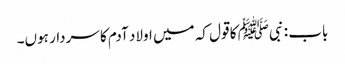
باب : نبیﷺ کا قول کہ میں اولاد آدم کا سردار ہوں۔